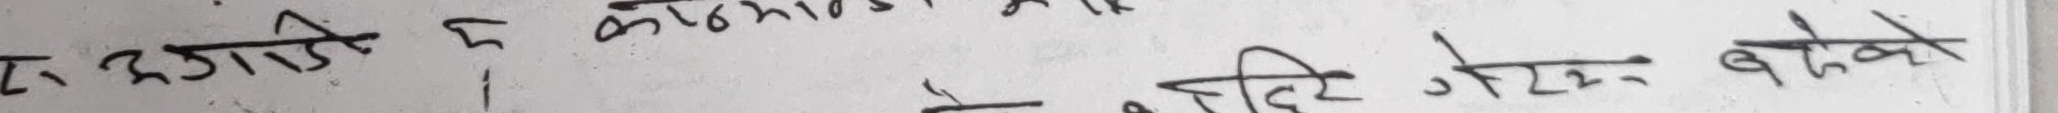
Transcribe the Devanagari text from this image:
तगाई नेपाल कौमास क्रम
के दि जोर बाँधेको